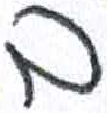
אות: ב